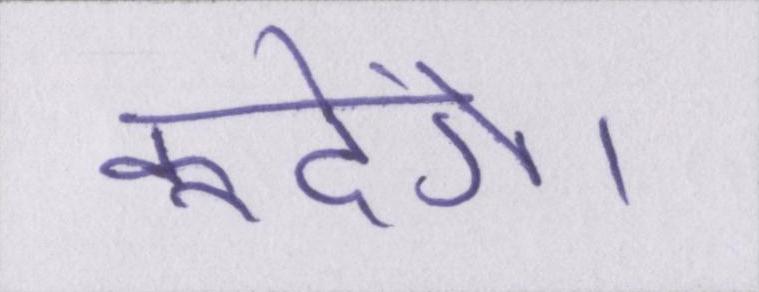
कूदेंगे।